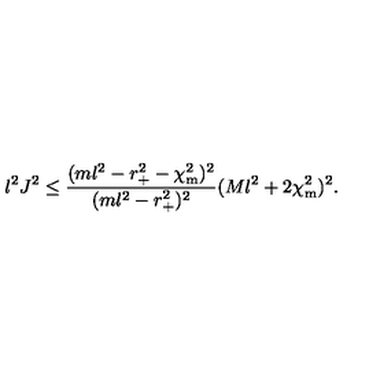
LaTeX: l ^ { 2 } J ^ { 2 } \leq \frac { ( m l ^ { 2 } - r _ { + } ^ { 2 } - \chi _ { \mathrm { m } } ^ { 2 } ) ^ { 2 } } { ( m l ^ { 2 } - r _ { + } ^ { 2 } ) ^ { 2 } } ( M l ^ { 2 } + 2 \chi _ { \mathrm { m } } ^ { 2 } ) ^ { 2 } .